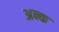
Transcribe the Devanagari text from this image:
अन्क